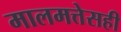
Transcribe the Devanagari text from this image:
मालमत्तेसही